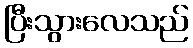
ပြီးသွားလေသည်